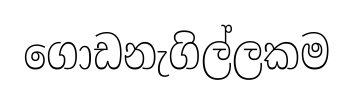
ගොඩනැගිල්ලකම